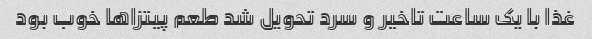
غذا با یک ساعت تاخیر و ‌سرد تحویل شد طعم پیتزاها خوب بود